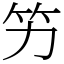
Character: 竻